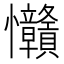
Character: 𢦅